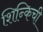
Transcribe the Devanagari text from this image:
शिन्किची